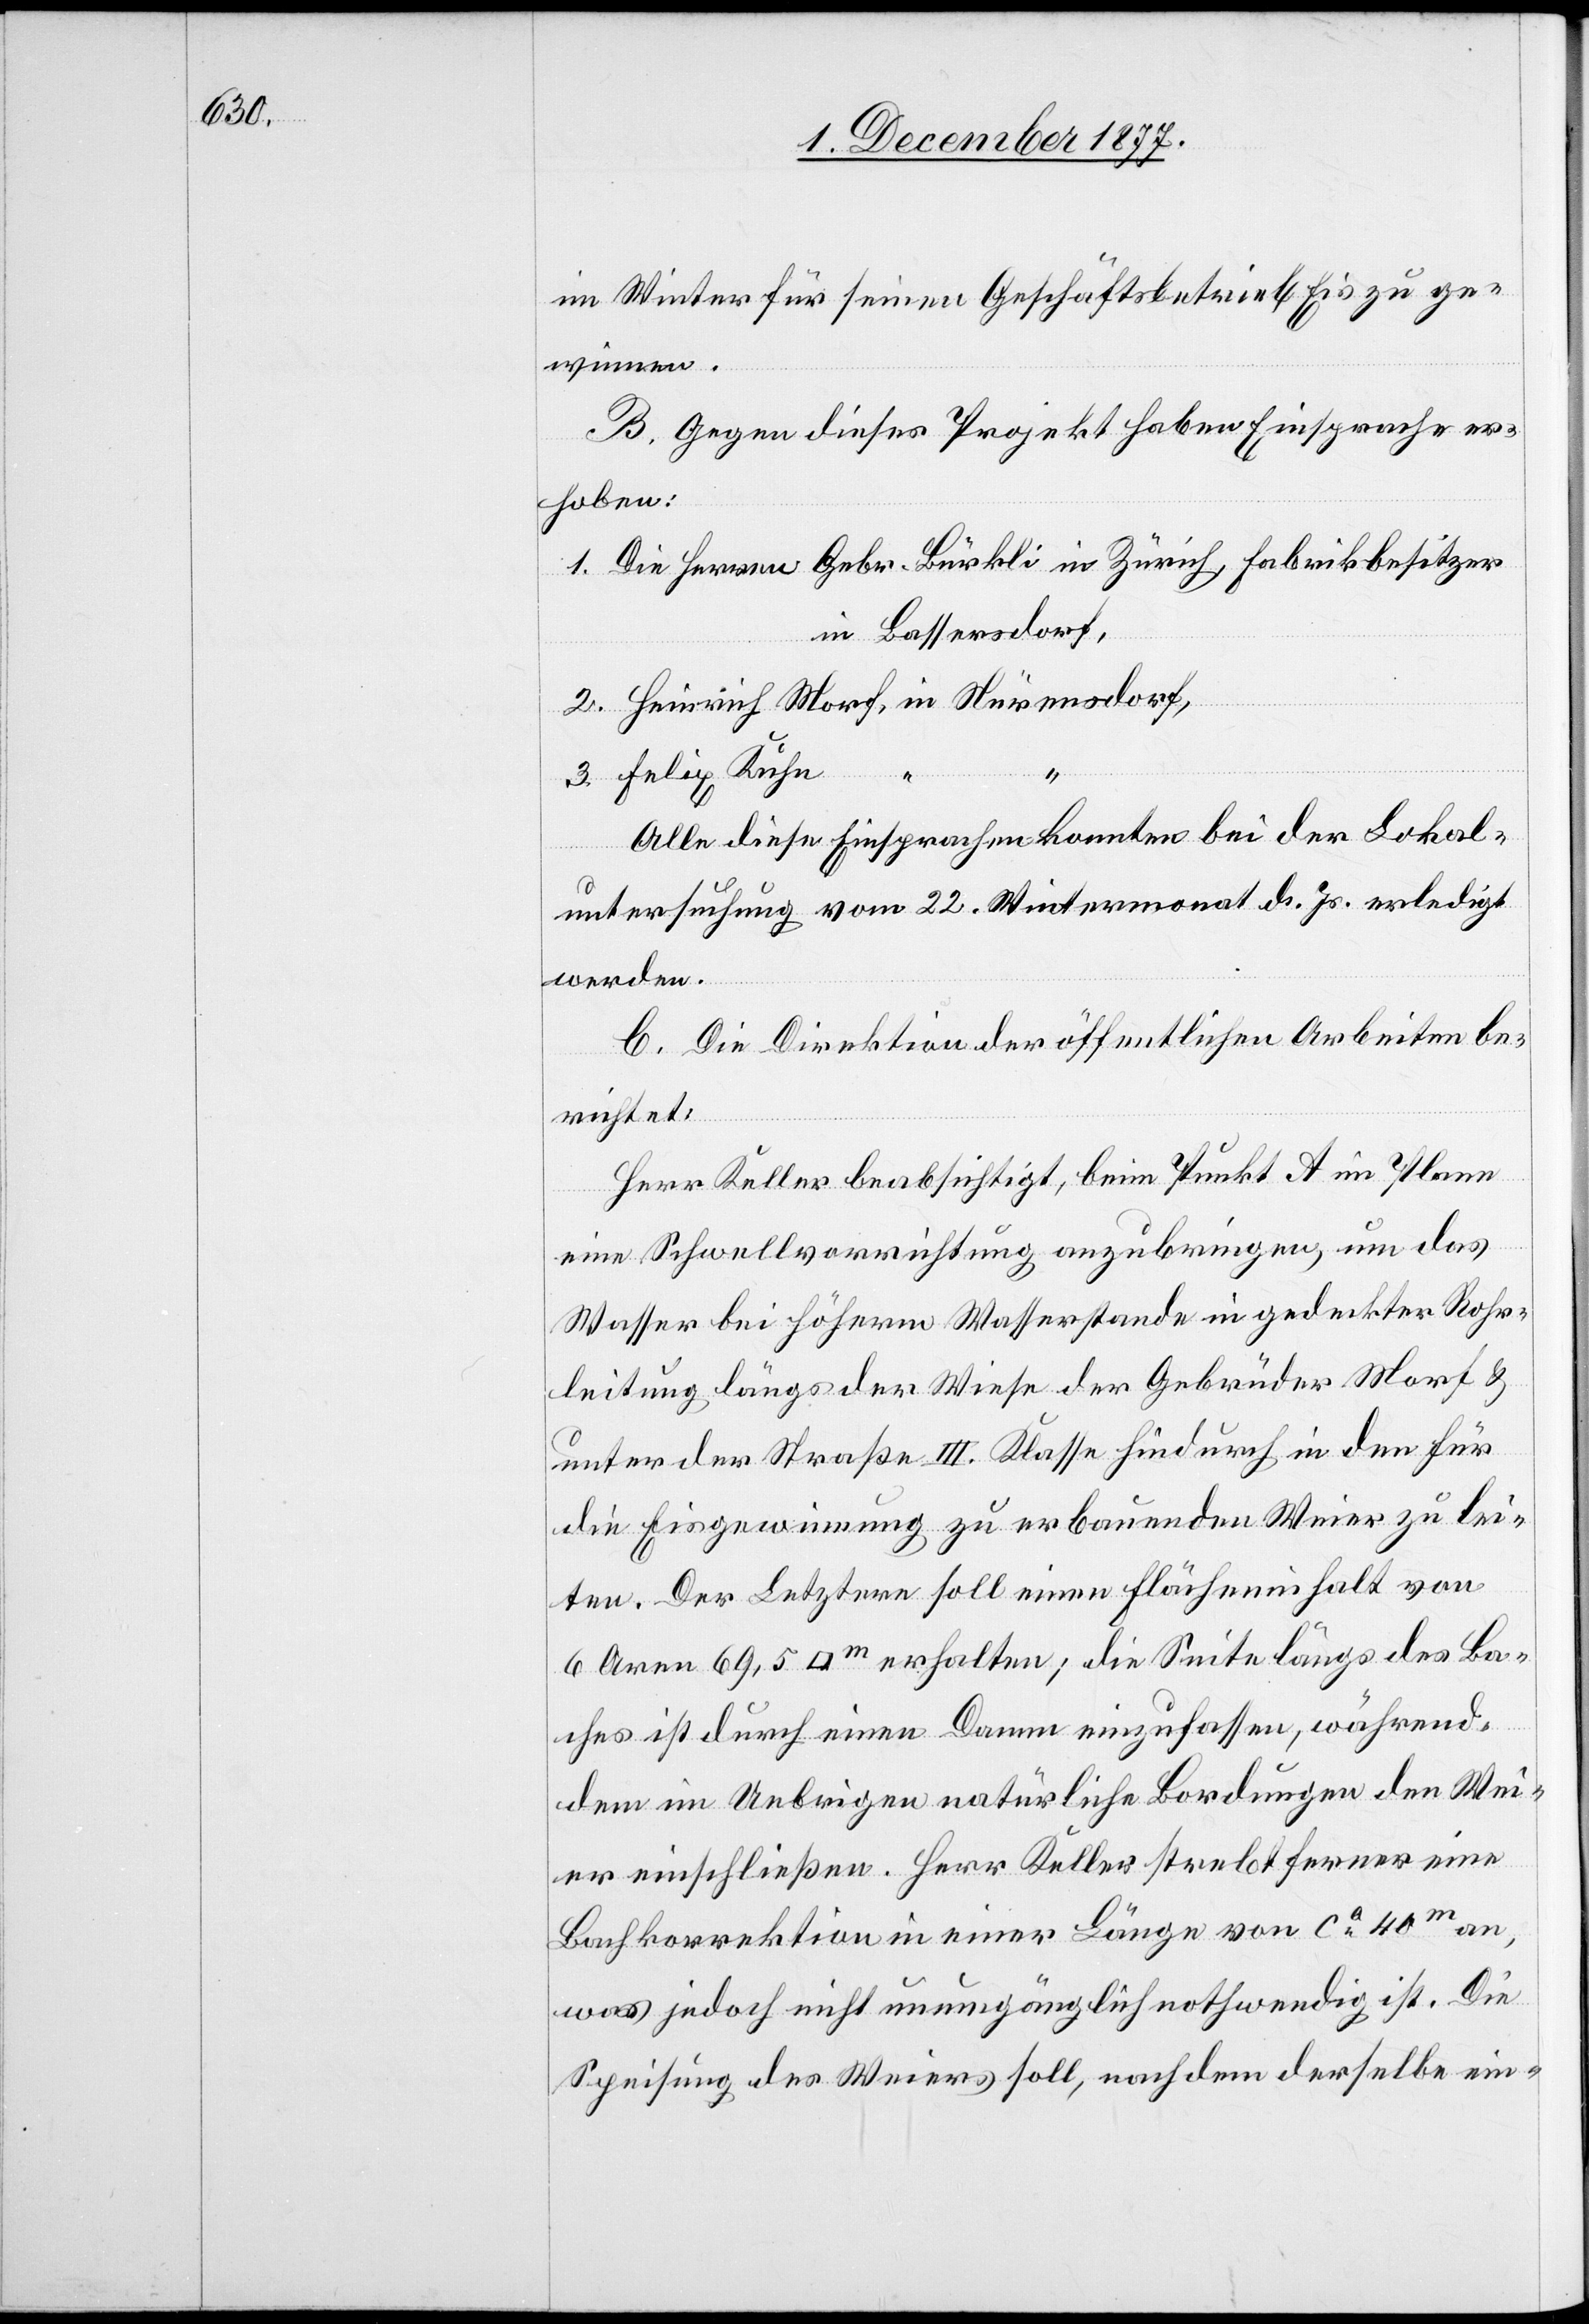
im Winter für seinen Geschäftsbetrieb Eis zu ge¬
winnen.
B. Gegen dieses Projekt haben Einsprache er¬
hoben:
1. Die Herren Gebr. Bürkli in Zürich, Fabrikbesitzer
in Bassersdorf,
2. Heinrich Morf, in Nürensdorf,
3. Felix Kuhn
“
Alle diese Einsprachen konnten bei der Lokal¬
untersuchung vom 22. Wintermonat d. Js. erledigt
werden.
C. Die Direktion der öffentlichen Arbeiten be¬
richtet:
Herr Keller beabsichtigt, beim Punkt A im Plane
eine Schwellvorrichtung anzubringen, um das
Wasser bei höherm Wasserstande in gedeckter Rohr¬
leitung längs der Wiese der Gebrüder Morf &
unter der Straße III. Klasse hindurch in den für
die Eisgewinnung zu erbauenden Weier zu lei¬
ten. Der Letztere soll einen Flächeninhalt von
6 Aren 69,5 [Quadratmeter] erhalten; die Seite längs des Ba¬
ches ist durch einen Damm einzufassen, während¬
dem im Uebrigen natürliche Bordungen den Wei¬
er einschließen. Herr Keller strebt ferner eine
Bachkorrektion in einer Länge von ca 40m an,
was jedoch nicht unumgänglich nothwendig ist. Die
Speisung des Weiers soll, nachdem derselbe ein-